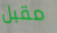
مقبل